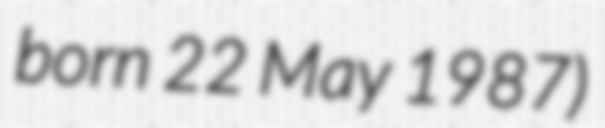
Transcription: born 22 May 1987)